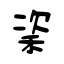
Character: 秶